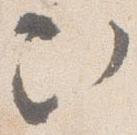
次